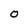
Character: O